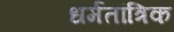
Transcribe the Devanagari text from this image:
धर्मतांत्रिक